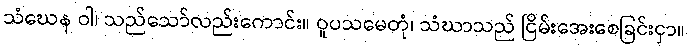
သံဃေန ဝါ၊ သည်သော်လည်းကောင်း။ ဝူပသမေတုံ၊ သံဃာသည် ငြိမ်းအေးစေခြင်းငှာ။